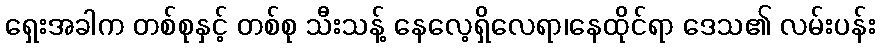
ရှေးအခါက တစ်စုနှင့် တစ်စု သီးသန့် နေလေ့ရှိလေရာ၊နေထိုင်ရာ ဒေသ၏ လမ်းပန်း